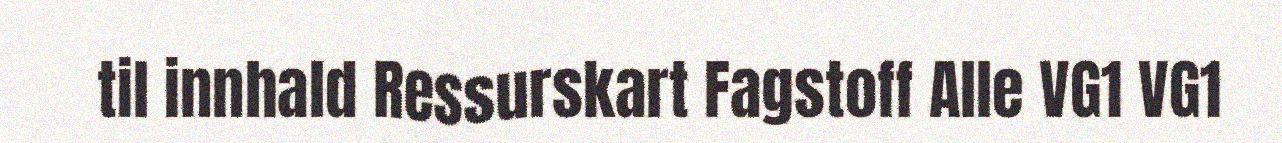
til innhald Ressurskart Fagstoff Alle VG1 VG1